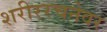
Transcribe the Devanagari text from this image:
शरीररचनेवर